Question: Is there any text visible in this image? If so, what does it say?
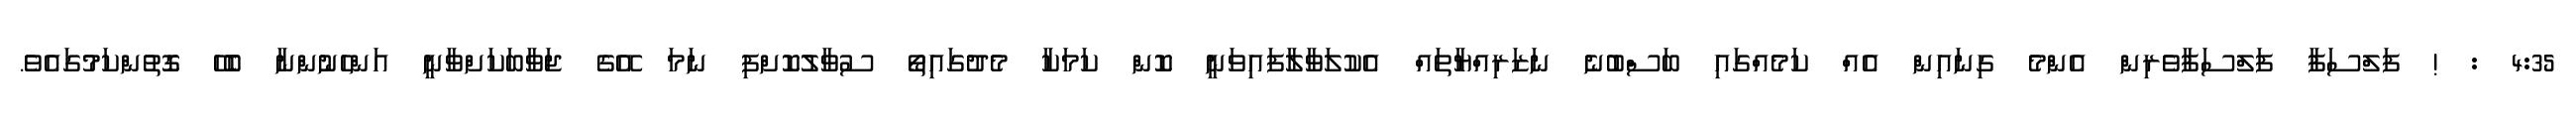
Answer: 4:35 : ! ފަލްސަފާ ފަލްސަފާވެރިން އެންމެ ގިނައިން އެއް ކަމެއްގައި ބަސްބުނެ ނަޒަރިއްޔާތައް އެކުލަވާލާފައިވަނީ ކޮން ކަމަކާ މެދުގައިތޯ ސުވާލުކޮށްފި ނަމަ އޭގެ ޖަވާބަކަށްވާނީ އަންހެނުންނާ ބެހޭ ގޮތުންކަމުގައެވެ.